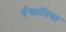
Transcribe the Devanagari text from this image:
ईस्लामिसा